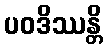
ပဝဒိဿန္တိ